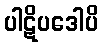
ပါဋိပဒေါပိ